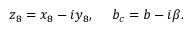
z _ { 8 } = x _ { 8 } - i y _ { 8 } , \; \quad b _ { c } = b - i \beta . \;